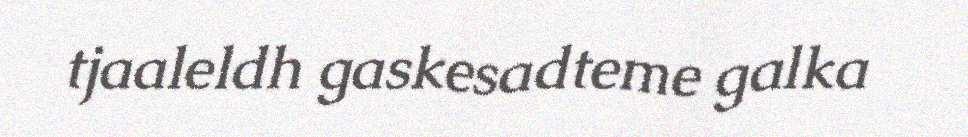
tjaaleldh gaskesadteme galka